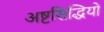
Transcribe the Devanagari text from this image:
अष्टसिद्धियों